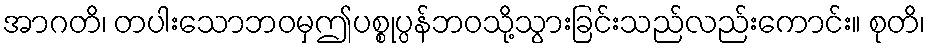
အာဂတိ၊ တပါးသောဘဝမှဤပစ္စုပ္ပန်ဘဝသို့သွားခြင်းသည်လည်းကောင်း။ စုတိ၊